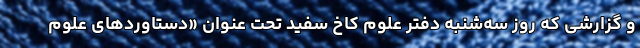
و گزارشی که روز سه‌شنبه دفتر علوم کاخ سفید تحت عنوان «دستاوردهای علوم